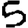
Digit: 5